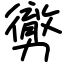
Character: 勶